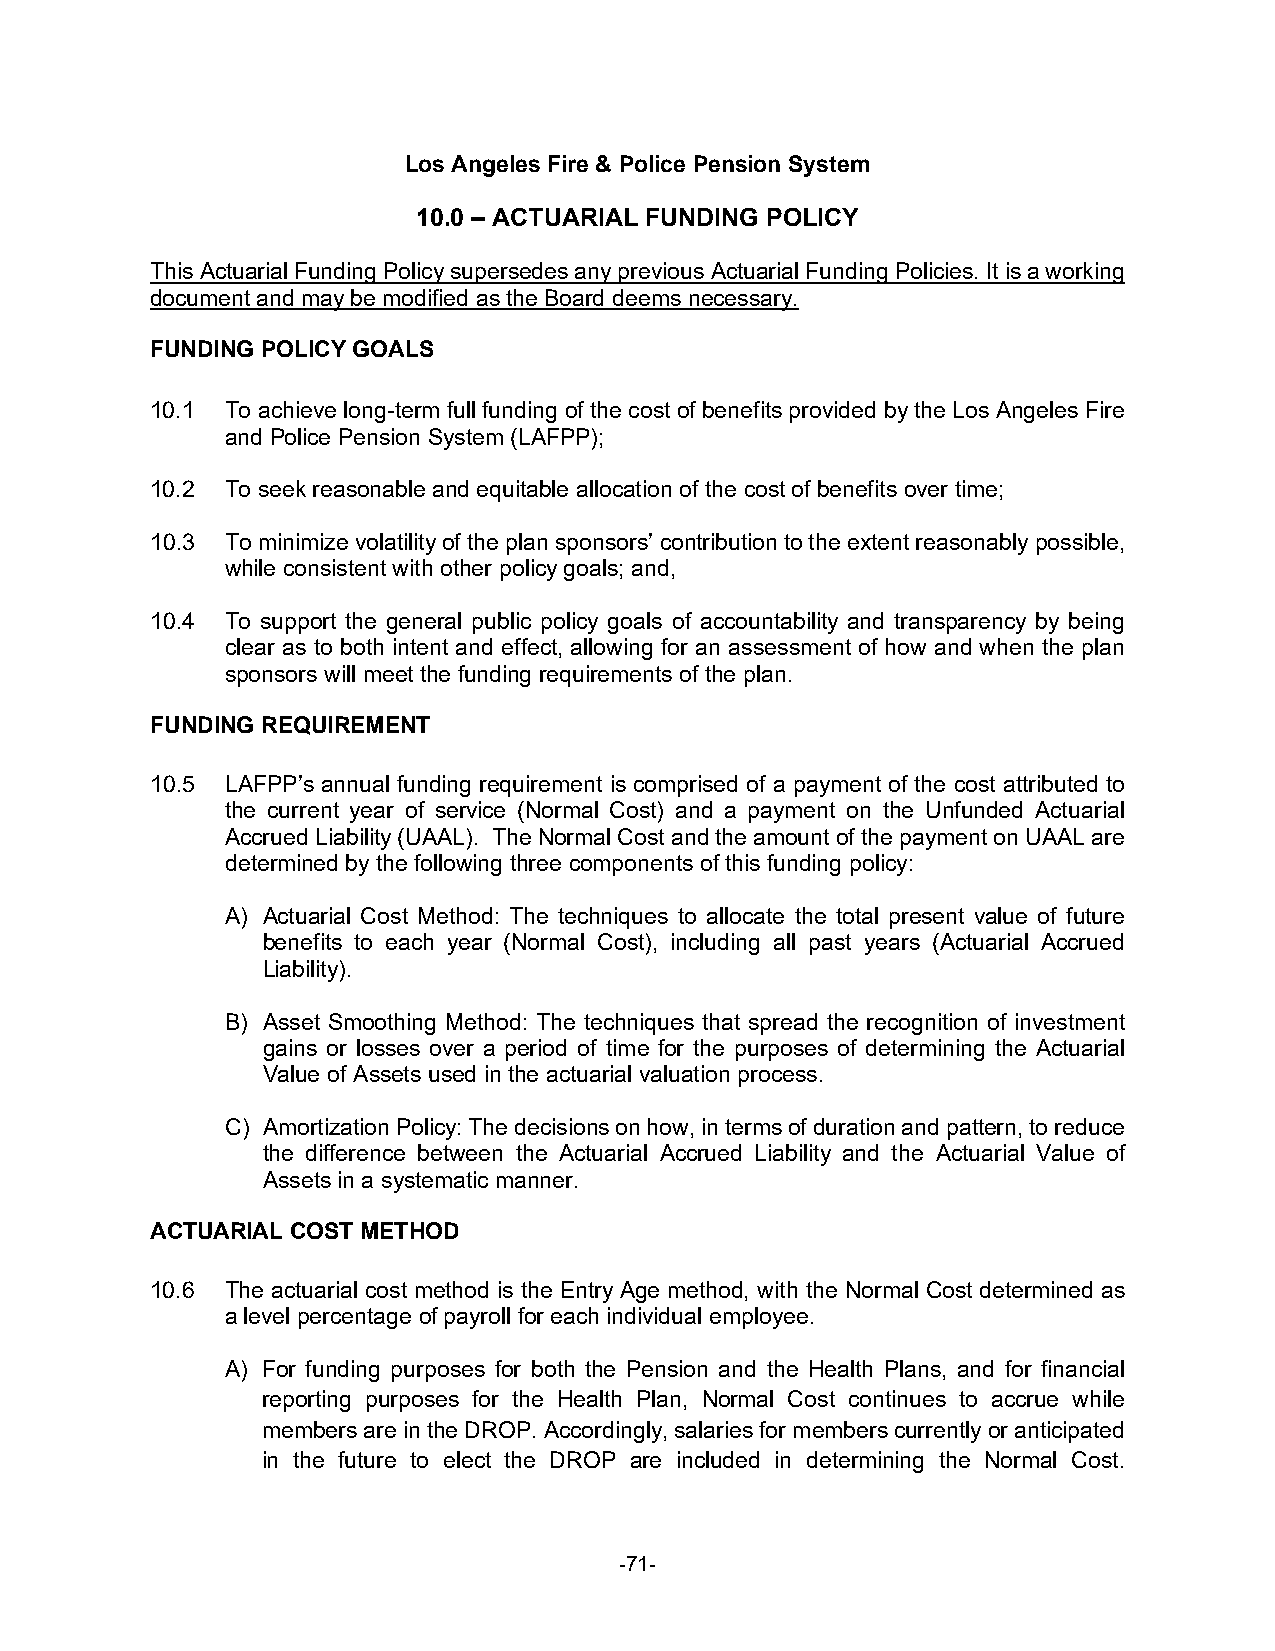
Los Angeles Fire & Police Pension System
 10.0 – ACTUARIAL FUNDING POLICY
 This Actuarial Funding Policy supersedes any previous Actuarial Funding Policies. It is a working
 document and may be modified as the Board deems necessary.
 FUNDING POLICY GOALS
 10.1 To achieve long-term full funding of the cost of benefits provided by the Los Angeles Fire
 and Police Pension System (LAFPP);
 10.2 To seek reasonable and equitable allocation of the cost of benefits over time;
 10.3 To minimize volatility of the plan sponsors’ contribution to the extent reasonably possible,
 while consistent with other policy goals; and,
 10.4 To support the general public policy goals of accountability and transparency by being
 clear as to both intent and effect, allowing for an assessment of how and when the plan
 sponsors will meet the funding requirements of the plan.
 FUNDING REQUIREMENT
 10.5 LAFPP’s annual funding requirement is comprised of a payment of the cost attributed to
 the current year of service (Normal Cost) and a payment on the Unfunded Actuarial
 Accrued Liability (UAAL). The Normal Cost and the amount of the payment on UAAL are
 determined by the following three components of this funding policy:
 A) Actuarial Cost Method: The techniques to allocate the total present value of future
 benefits to each year (Normal Cost), including all past years (Actuarial Accrued
 Liability).
 B) Asset Smoothing Method: The techniques that spread the recognition of investment
 gains or losses over a period of time for the purposes of determining the Actuarial
 Value of Assets used in the actuarial valuation process.
 C) Amortization Policy: The decisions on how, in terms of duration and pattern, to reduce
 the difference between the Actuarial Accrued Liability and the Actuarial Value of
 Assets in a systematic manner.
 ACTUARIAL COST METHOD
 10.6 The actuarial cost method is the Entry Age method, with the Normal Cost determined as
 a level percentage of payroll for each individual employee.
 A) For funding purposes for both the Pension and the Health Plans, and for financial
 reporting purposes for the Health Plan, Normal Cost continues to accrue while
 members are in the DROP. Accordingly, salaries for members currently or anticipated
 in the future to elect the DROP are included in determining the Normal Cost.
 -71-